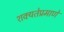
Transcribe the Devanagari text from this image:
शक्यतेप्रमाणे